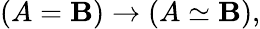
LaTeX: (A=\mathbf{B})\to(A\simeq\mathbf{B}),